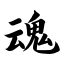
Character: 魂